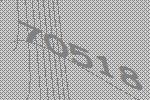
70518